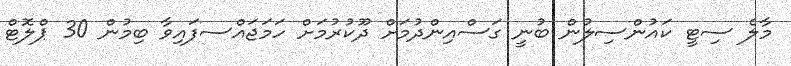
މާލެ ސިޓީ ކައުންސިލުން ބުނީ ގަސްއިންދުމަށް ދޫކުރުމަށް ހަމަޖައްސފައިވާ ބިމުން 30 ޕްލޮޓް